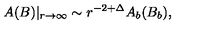
A ( B ) | _ { r \to \infty } \sim r ^ { - 2 + \Delta } A _ { b } ( B _ { b } ) ,